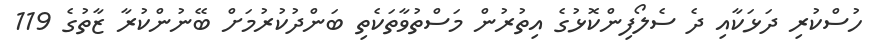
ހުސްކުރި ދަޅަކާއި ދެ ސެލޯފިންކޮޅުގެ އިތުރުން މަސްތުވާތަކެތި ބަންދުކުރުމަށް ބޭނުންކުރާ ޒާތުގެ 119